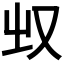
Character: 𰆲